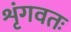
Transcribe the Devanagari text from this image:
शृंगवतः